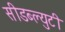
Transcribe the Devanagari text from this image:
सीडब्ल्युटी